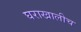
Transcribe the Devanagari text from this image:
घराखालीच